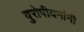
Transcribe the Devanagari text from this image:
युरोपीयनांनी